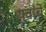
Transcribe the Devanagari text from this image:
युवांचे